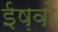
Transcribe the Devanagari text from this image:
ईष़वों